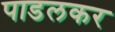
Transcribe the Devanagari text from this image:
पाडलकर